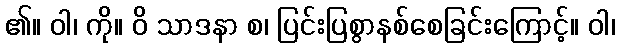
၏။ ဝါ၊ ကို။ ဝိ သာဒနာ စ၊ ပြင်းပြစွာနစ်စေခြင်းကြောင့်။ ဝါ၊